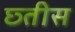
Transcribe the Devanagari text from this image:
छ्तीस